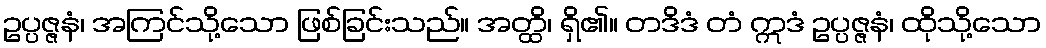
ဥပ္ပဇ္ဇနံ၊ အကြင်သို့သော ဖြစ်ခြင်းသည်။ အတ္ထိ၊ ရှိ၏။ တဒိဒံ တံ ဣဒံ ဥပ္ပဇ္ဇနံ၊ ထိုသို့သော